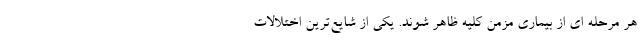
هر مرحله ای از بیماری مزمن کلیه ظاهر شوند. یکی از شایع‌ترین اختلالات